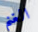
الغنم